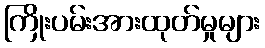
ကြိုးပမ်းအားထုတ်မှုများ